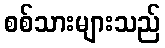
စစ်သားများသည်